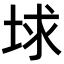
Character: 𡌋